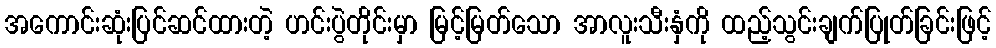
အကောင်းဆုံးပြင်ဆင်ထားတဲ့ ဟင်းပွဲတိုင်းမှာ မြင့်မြတ်သော အာလူးသီးနှံကို ထည့်သွင်းချက်ပြုတ်ခြင်းဖြင့်